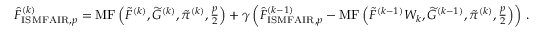
\begin{array} { r } { \widehat { F } _ { \mathrm { I S M F A I R } , p } ^ { ( k ) } = \operatorname { M F } \left( \widetilde { F } ^ { ( k ) } , \widetilde { G } ^ { ( k ) } , \tilde { \pi } ^ { ( k ) } , \frac { p } { 2 } \right) + \gamma \left( \widehat { F } _ { \mathrm { I S M F A I R } , p } ^ { ( k - 1 ) } - \operatorname { M F } \left( \widetilde { F } ^ { ( k - 1 ) } W _ { k } , \widetilde { G } ^ { ( k - 1 ) } , \tilde { \pi } ^ { ( k ) } , \frac { p } { 2 } \right) \right) \, . } \end{array}